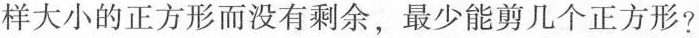
样大小的正方形而没有剩余，最少能剪几个正方形?